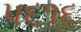
૫૬૧૬